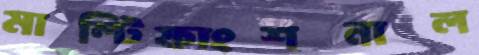
মাল্টিফাংশনাল